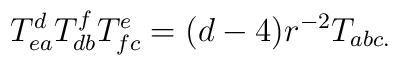
T_{ea}^dT_{db}^fT_{fc}^e=(d-4)r^{-2}T_{abc.}